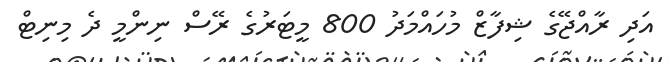
އަދި ރާއްޖޭގެ ޝިފާޒް މުހައްމަދު 800 މީޓަރުގެ ރޭސް ނިންމީ ދެ މިނިޓް